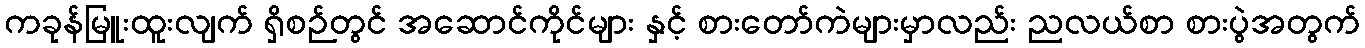
ကခုန်မြူးထူးလျက် ရှိစဉ်တွင် အဆောင်ကိုင်များ နှင့် စားတော်ကဲများမှာလည်း ညလယ်စာ စားပွဲအတွက်